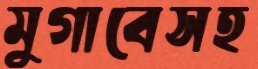
মুগাবেসহ